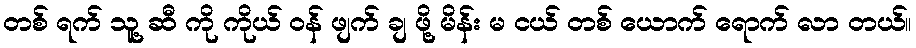
တစ် ရက် သူ့ ဆီ ကို ကိုယ် ဝန် ဖျက် ချ ဖို့ မိန်း မ ငယ် တစ် ယောက် ရောက် လာ တယ်။